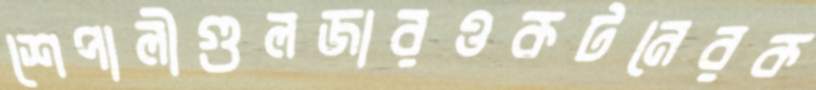
শেপালীগুলজারওকটনেরক